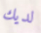
لديك